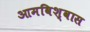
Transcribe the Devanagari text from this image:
आमविश्वास